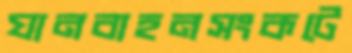
যানবাহনসংকটে